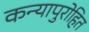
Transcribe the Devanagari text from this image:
कन्यापुरोहित